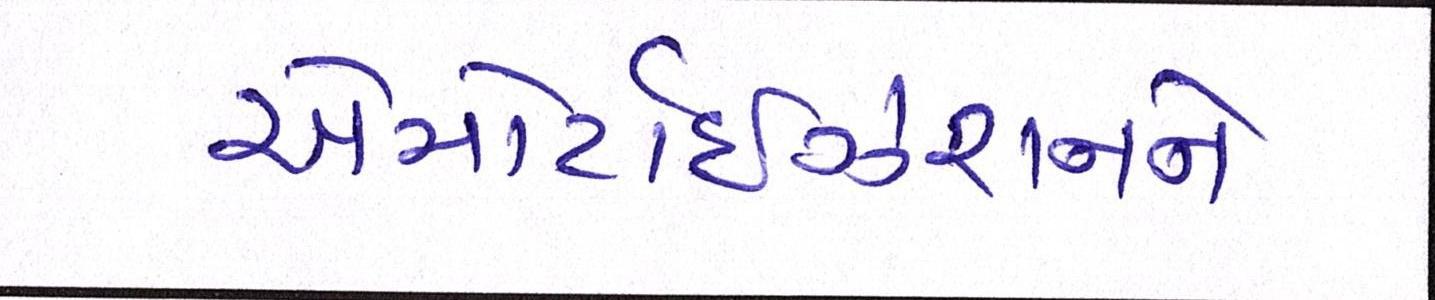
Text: એમોર્ટાઇઝેશનને